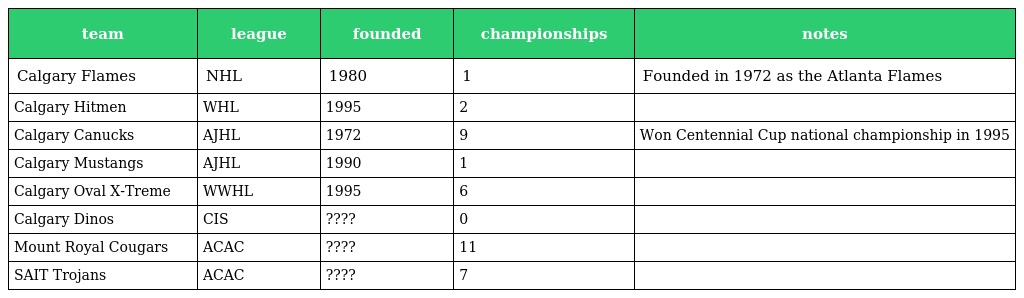
| team | league | founded | championships | notes |
 | --- | --- | --- | --- | --- |
 | Calgary Flames | NHL | 1980 | 1 | Founded in 1972 as the Atlanta Flames |
 | Calgary Hitmen | WHL | 1995 | 2 |  |
 | Calgary Canucks | AJHL | 1972 | 9 | Won Centennial Cup national championship in 1995 |
 | Calgary Mustangs | AJHL | 1990 | 1 |  |
 | Calgary Oval X-Treme | WWHL | 1995 | 6 |  |
 | Calgary Dinos | CIS | ???? | 0 |  |
 | Mount Royal Cougars | ACAC | ???? | 11 |  |
 | SAIT Trojans | ACAC | ???? | 7 |  |